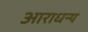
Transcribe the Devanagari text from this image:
आराधन्य